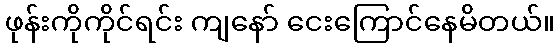
ဖုန်းကိုကိုင်ရင်း ကျနော် ငေးကြောင်နေမိတယ်။